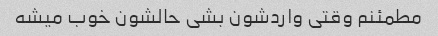
مطمئنم وقتی واردشون بشی حالشون خوب میشه